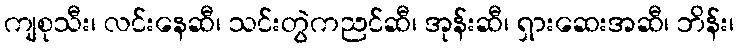
ကျစုသီး၊ လင်းနေဆီ၊ သင်းတွဲကညင်ဆီ၊ အုန်းဆီ၊ ရှားဆေးအဆီ၊ ဘိန်း၊